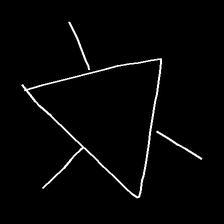
Glyph: fire